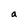
Character: a